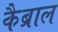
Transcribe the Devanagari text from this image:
कैब्राल